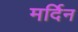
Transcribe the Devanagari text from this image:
मर्दिन